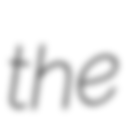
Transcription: the